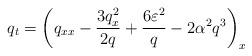
LaTeX: \begin{align*}q_t = \left( q_{xx} - \frac{3 q_x^2}{2 q} + \frac{6\varepsilon^2}{q} - 2 \alpha^2 q^3 \right)_x\end{align*}